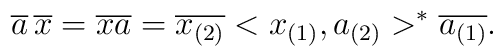
\overline{a}\, \overline{x} = \overline{x a} =\overline{x_{(2)}}<x_{(1)},a_{(2)}>^{*}\overline{a_{(1)}}.